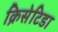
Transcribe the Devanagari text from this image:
क्रिसेटिडा